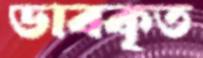
ডাবকৃত